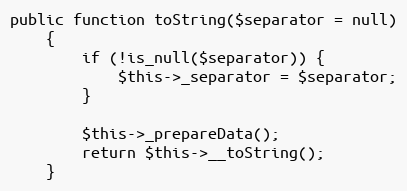
Language: PHP
public function toString($separator = null)
    {
        if (!is_null($separator)) {
            $this->_separator = $separator;
        }

        $this->_prepareData();
        return $this->__toString();
    }